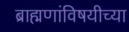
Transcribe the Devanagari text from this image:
ब्राह्मणांविषयीच्या